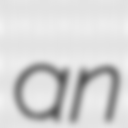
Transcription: an